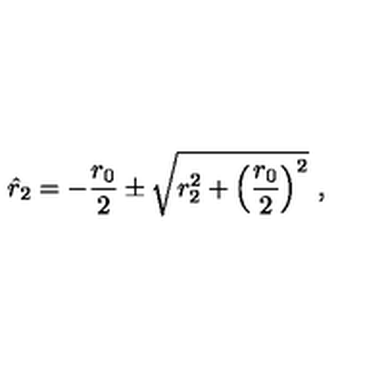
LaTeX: \hat { r } _ { 2 } = - { \frac { r _ { 0 } } { 2 } } \pm \sqrt { r _ { 2 } ^ { 2 } + \left( { \frac { r _ { 0 } } { 2 } } \right) ^ { 2 } } \ ,